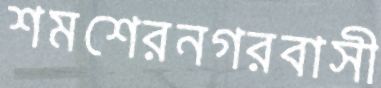
শমশেরনগরবাসী